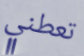
تعطني